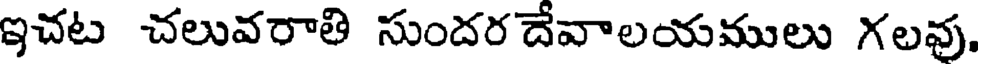
ఇచట చలువరాతి సుందర దేవాలయములు గలవు.